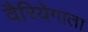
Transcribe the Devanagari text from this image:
वैरियेगाता